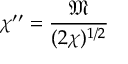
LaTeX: \chi ^ { \prime \prime } = { \frac { \mathfrak { M } } { ( 2 \chi ) ^ { 1 / 2 } } }